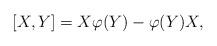
LaTeX: \begin{align*}[X,Y]=X\varphi(Y)-\varphi(Y)X,\end{align*}